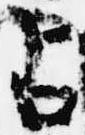
占